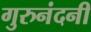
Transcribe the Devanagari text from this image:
गुरुनंदनी